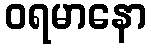
ဝရမာနော